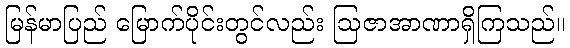
မြန်မာပြည် မြောက်ပိုင်းတွင်လည်း ဩဇာအာဏာရှိကြသည်။